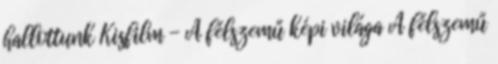
hallottunk Kisfilm - A félszemű képi világa A félszemű